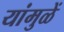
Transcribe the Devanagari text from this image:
यांमुळें